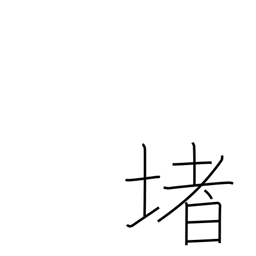
Meaning: railing